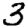
Digit: 3